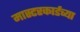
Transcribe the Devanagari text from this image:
मास्टरकार्डच्या